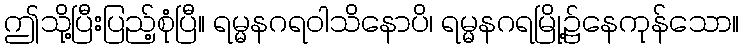
ဤသို့ပြီးပြည့်စုံပြီ။ ရမ္မနဂရဝါသိနောပိ၊ ရမ္မနဂရမြို့၌နေကုန်သော။